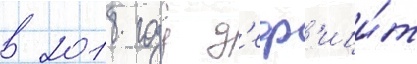
в 2018 году д'еф'ици́т